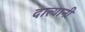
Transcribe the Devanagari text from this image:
दात्यानी